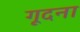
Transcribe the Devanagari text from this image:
गूदना